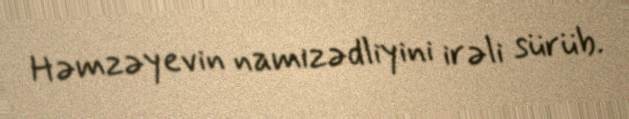
Həmzəyevin namizədliyini irəli sürüb.